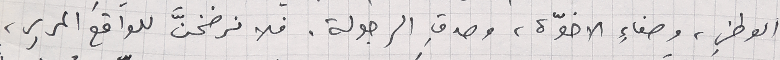
الوطني، وصفاءِ الاخوّة، وصدقِ الرجولة. فلا نرضخنَّ للواقع المرير،